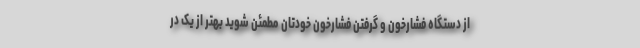
از دستگاه فشارخون و گرفتن فشارخون خودتان مطمئن شوید بهتر از یک در